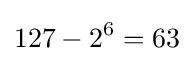
127-2^{6}=63